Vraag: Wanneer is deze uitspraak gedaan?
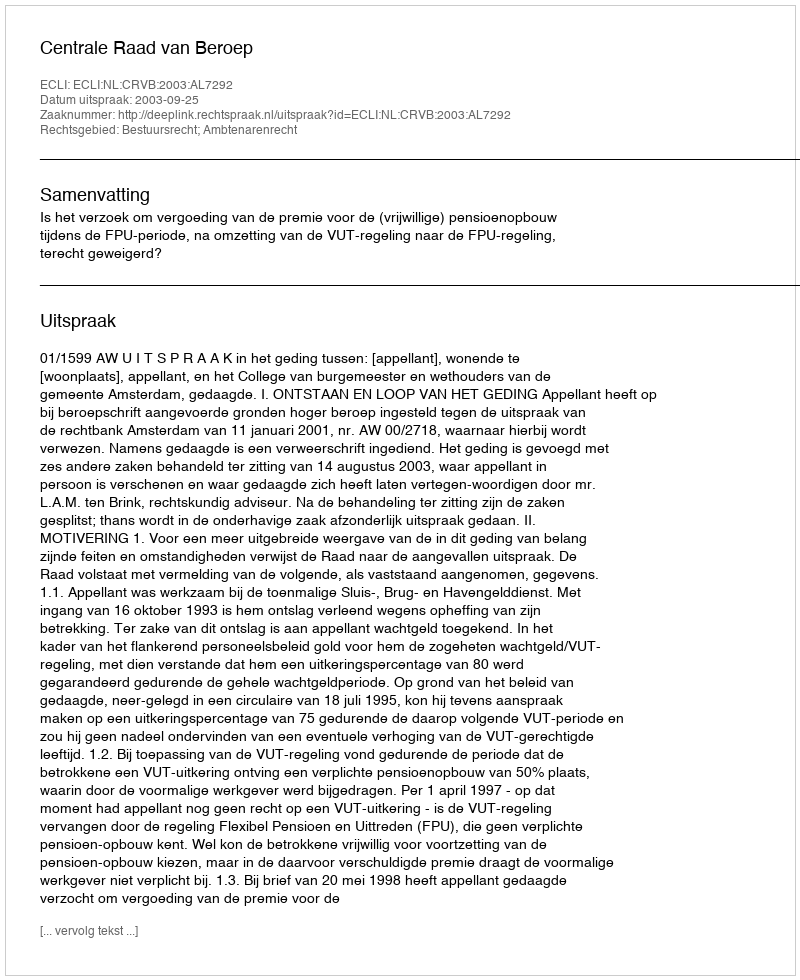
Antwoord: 2003-09-25